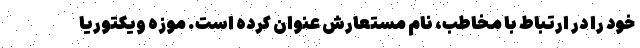
خود را در ارتباط با مخاطب، نام مستعارش عنوان کرده است. موزهٔ ویکتوریا